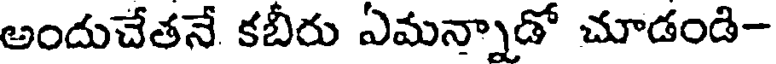
అందుచేతనే కబీరు ఏమన్నాడో చూడండి-